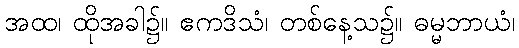
အထ၊ ထိုအခါ၌။ ဧကဒိသံ၊ တစ်နေ့သ၌။ ဓမ္မဘာယံ၊